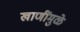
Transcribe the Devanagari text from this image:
खाणींमुळे